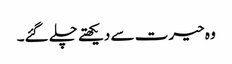
وہ حیرت سے دیکھتے چلے گئے۔